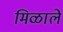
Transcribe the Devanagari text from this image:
मिळालेे